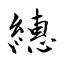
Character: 繐